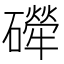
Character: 𱴼